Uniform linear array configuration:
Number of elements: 12
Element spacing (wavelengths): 0.5
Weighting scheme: exponential
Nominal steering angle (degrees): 15
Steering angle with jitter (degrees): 14.675
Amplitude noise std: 0.05
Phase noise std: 0.05

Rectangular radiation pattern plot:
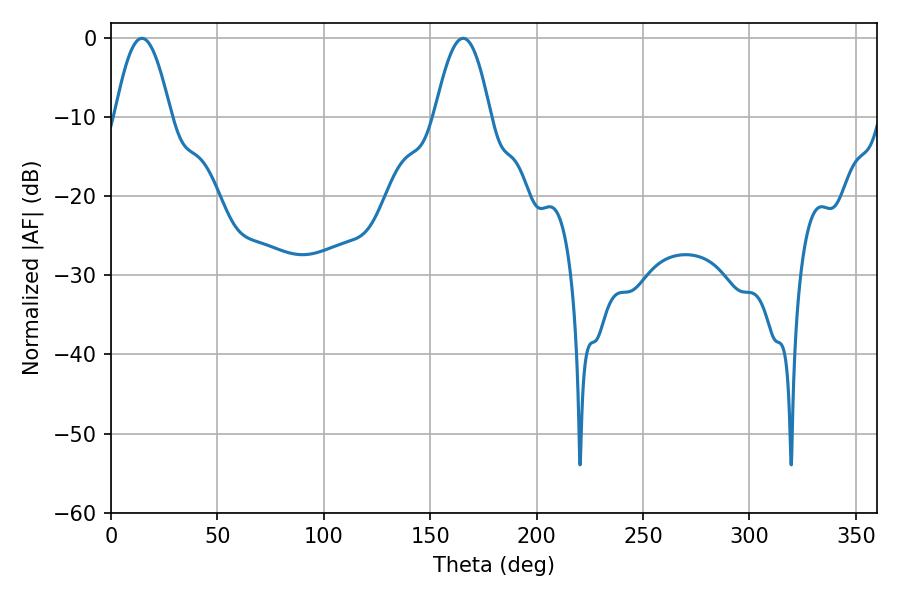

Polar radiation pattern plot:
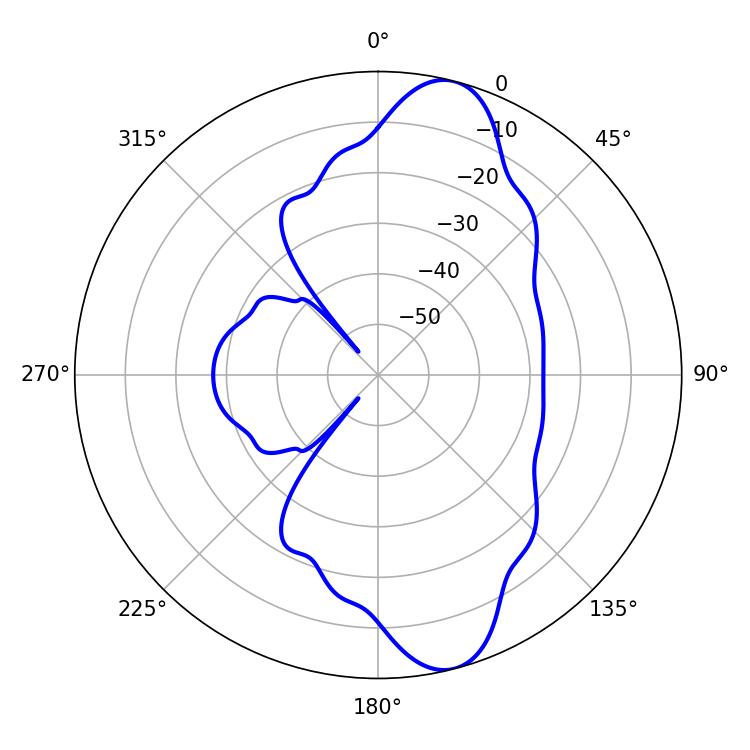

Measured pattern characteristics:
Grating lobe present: FALSE
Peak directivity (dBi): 11.253
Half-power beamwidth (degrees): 14.22
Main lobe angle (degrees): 14.58